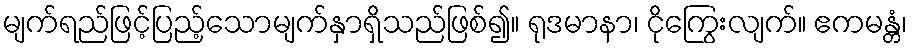
မျက်ရည်ဖြင့်ပြည့်သောမျက်နှာရှိသည်ဖြစ်၍။ ရုဒမာနာ၊ ငိုကြွေးလျက်။ ဧကမန္တံ၊